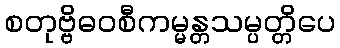
စတုဗ္ဗိဓဝစီကမ္မန္တသမ္ပတ္တိပေ